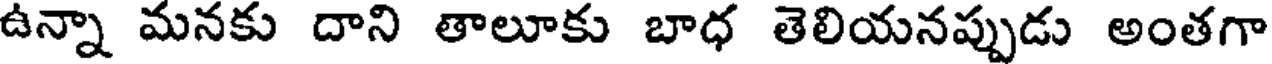
ఉన్నా మనకు దాని తాలూకు బాధ తెలియనప్పుడు అంతగా